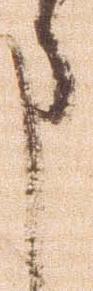
申